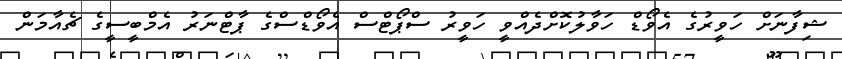
ޝިފާނަށް ހަވީރުގެ އެވޯޑް ހަވާލުކޮށްދެއްވީ ހަވީރު ސްޕޯޓްސް އެވޯޑްސްގެ ޕާޓްނަރު އެމްބީސީގެ ޗެއާމަން